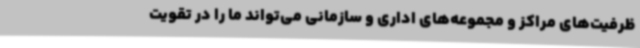
ظرفیت‌های مراکز و مجموعه‌های اداری و سازمانی می‌تواند ما را در تقویت